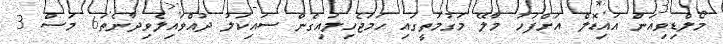
މޯލްޑިވިއަން އައިޑޮލް އަށްފަހު މާލޭ މަގުމަތީގައި ހަމަޖެހިލައިގެން ސައިކަލު ދުއްވައިލެވިދާނެތަ6 މަސް 3